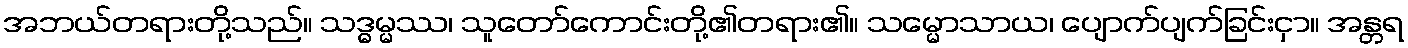
အဘယ်တရားတို့သည်။ သဒ္ဓမ္မဿ၊ သူတော်ကောင်းတို့၏တရား၏။ သမ္မောသာယ၊ ပျောက်ပျက်ခြင်းငှာ။ အန္တရ